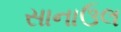
સાનાઉલ